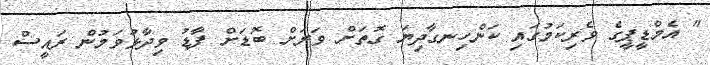
" އެމްޑީޕީގެ ވެރިކަމުގައި ކަންހިނގާދިޔަ ގޮތަށް ވަރަށް ބޮޑަށް ފާޑު ވިދާޅުވަމުން ރައީސް